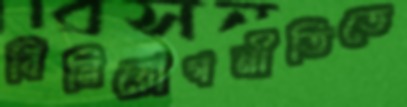
বিনিয়োগনীতিতে